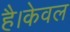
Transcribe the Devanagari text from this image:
है।केवल